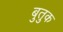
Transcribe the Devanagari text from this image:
बुतुक